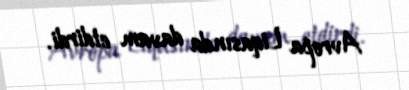
Avropa Liqasında davam etdirdi.